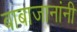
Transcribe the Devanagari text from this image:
बाबाजानांनी